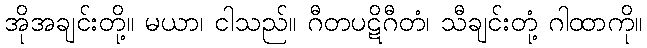
အိုအချင်းတို့။ မယာ၊ ငါသည်။ ဂီတပဋိဂီတံ၊ သီချင်းတုံ့ ဂါထာကို။